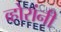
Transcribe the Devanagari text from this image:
व्होरांनी